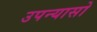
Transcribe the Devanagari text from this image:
उपन्यासो